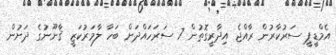
އެމްޑީޕީ ސަރުކާރުން ރާއްޖެ އިދާރީގޮތުން 7 ސަރަހައްދަށް ބަހާ ލާމަރުކަޒީ ޤާނޫނުގެ ދަށުން